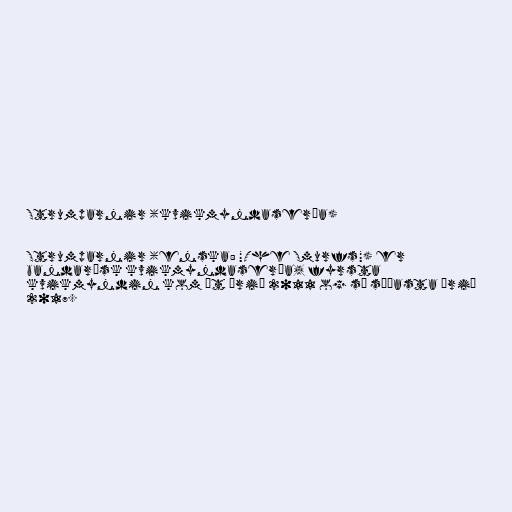
Strumparnir (kvikmyndasería)

Strumparnir (enska: "The Smurfs") er
bandarísk kvikmyndasería, fyrsta
kvikmyndin kom út árið 2011 og sú síðasta árið
2017.